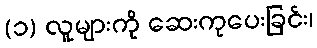
(၁) လူများကို ဆေးကုပေးခြင်း၊